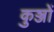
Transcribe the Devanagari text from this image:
कुञ्जों